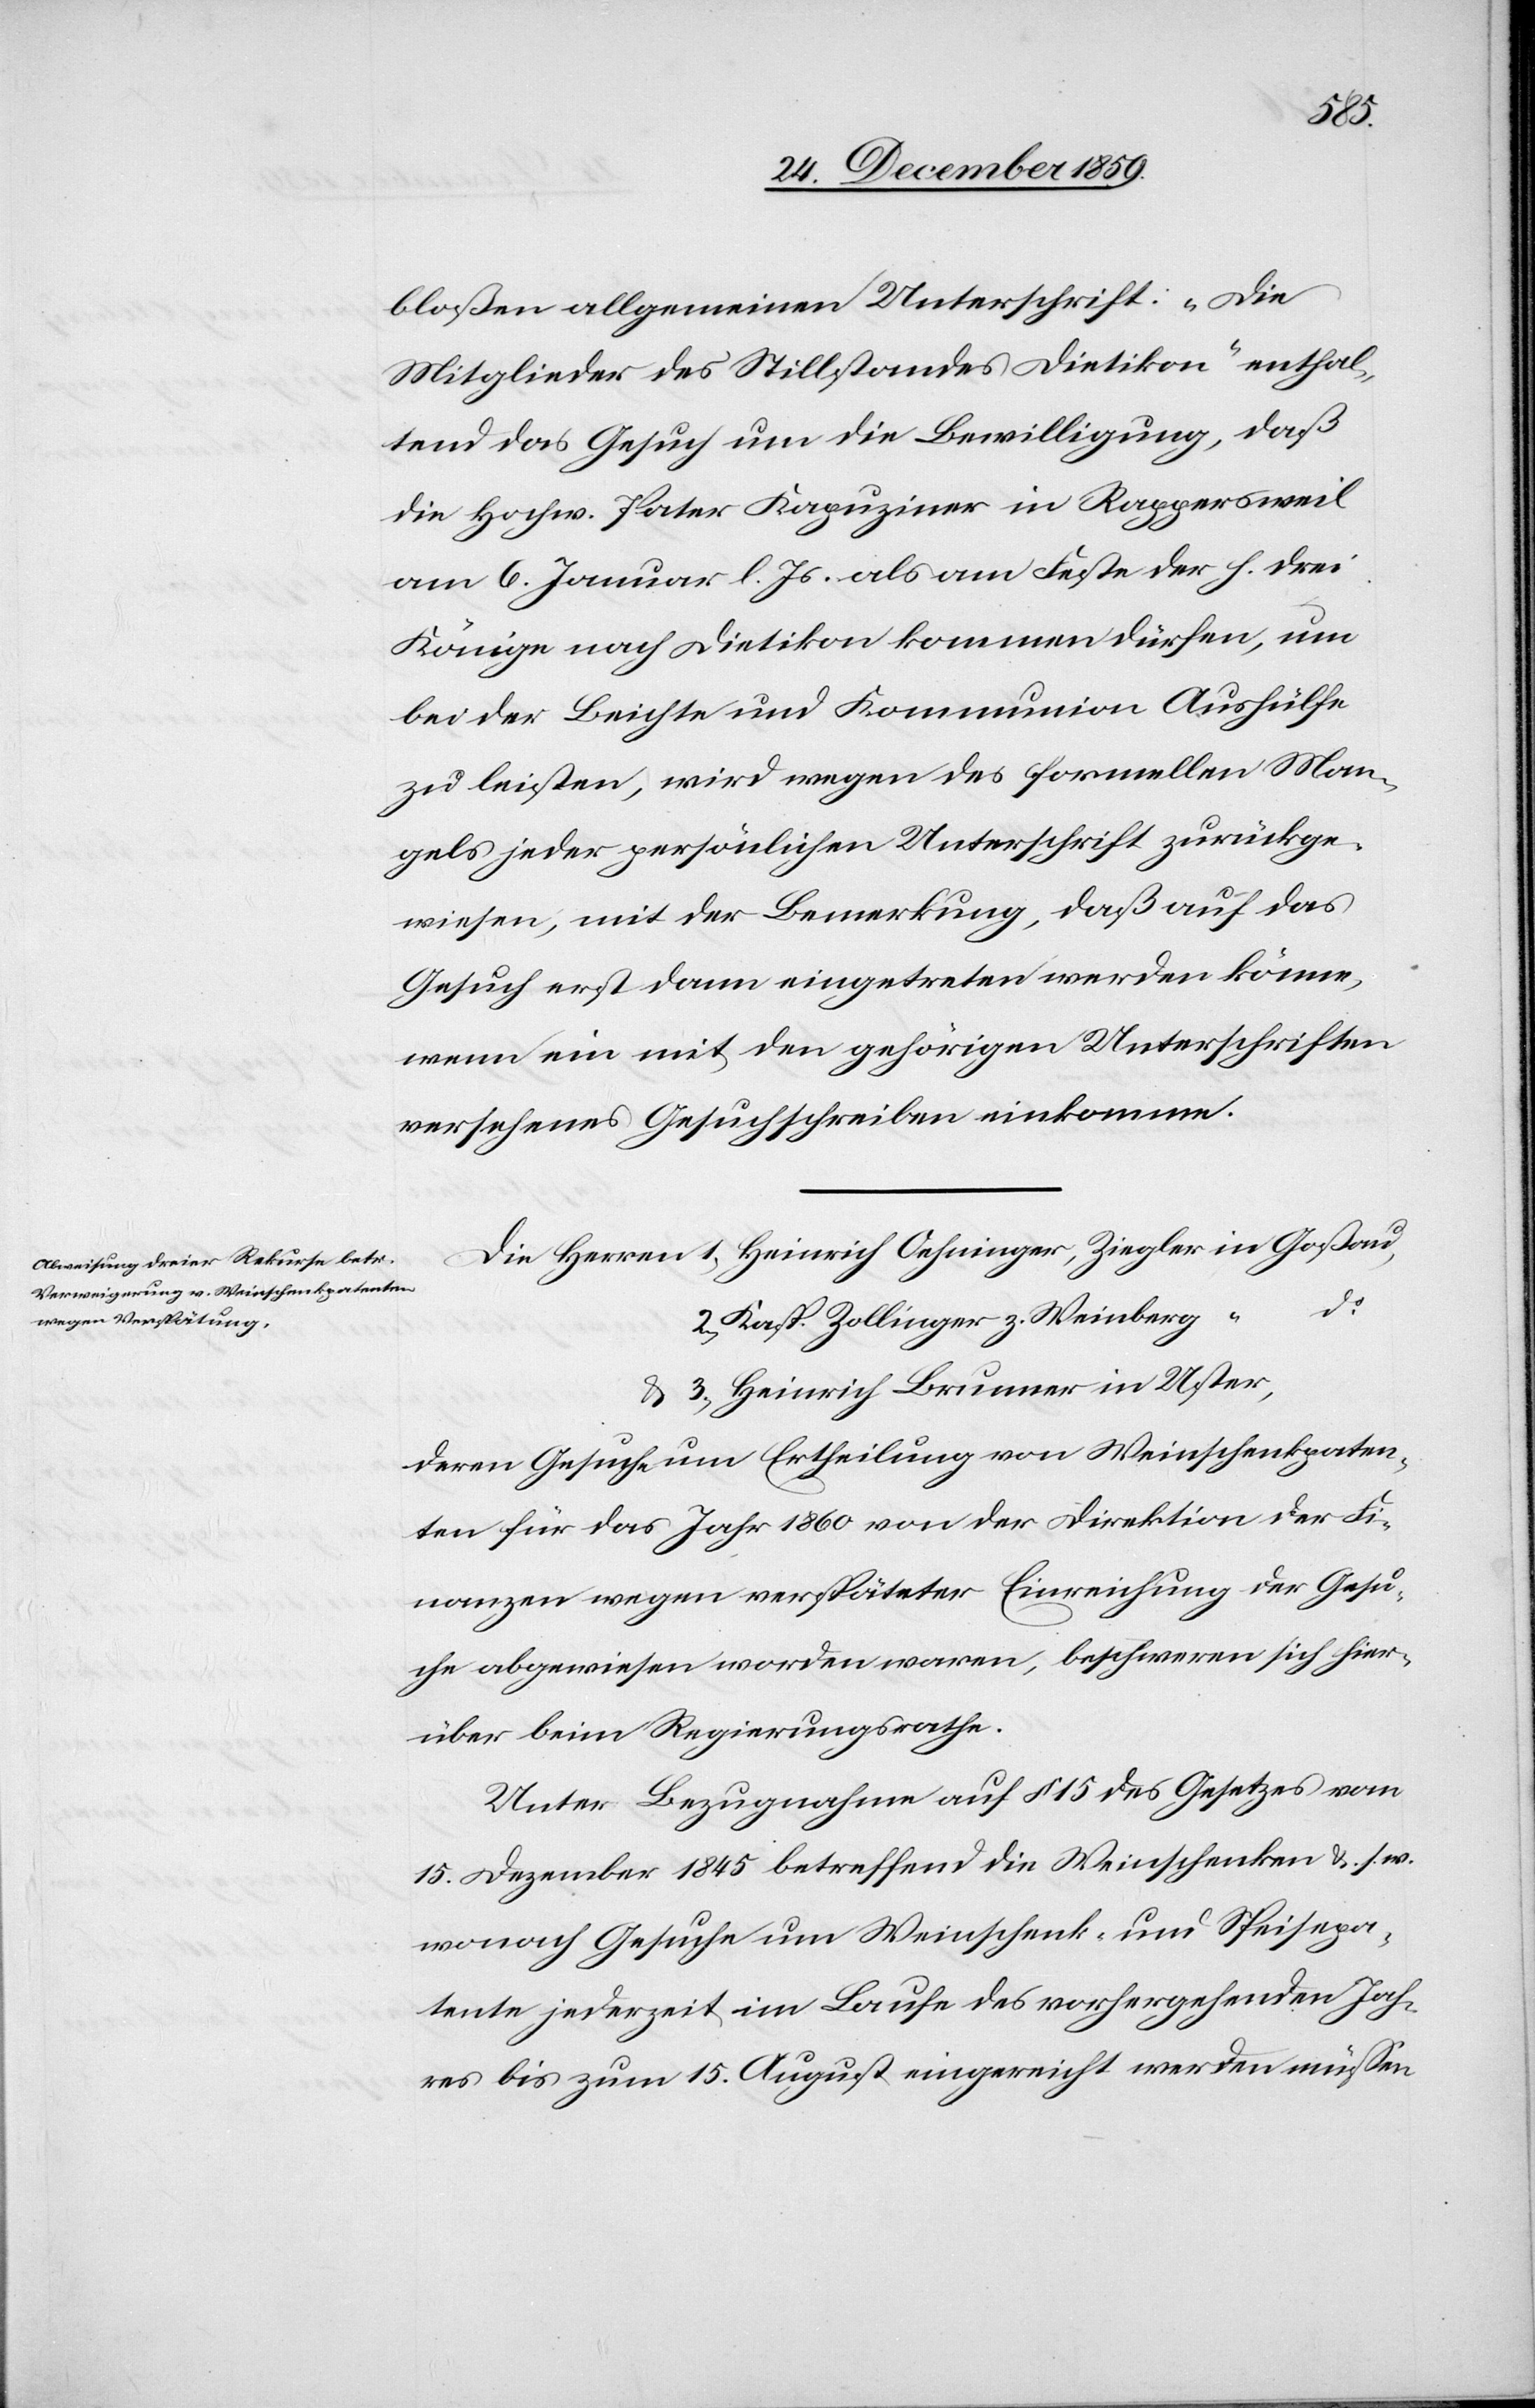
Jah¬
bloßen allgemeinen Unterschrift: „Die
Mitglieder des Stillstandes Dietikon“ enthal¬
tend das Gesuch um die Bewilligung, daß
die hochw. Pater Kapuziner in Rappersweil
am 6. Januar l. Js. als am Feste der h. drei
Könige nach Dietikon kommen dürfen, um
bei der Beichte und Kommunion Aushülfe
zu leisten, wird wegen des formellen Man¬
gels jeder persönlichen Unterschrift zurückge¬
wiesen, mit der Bemerkung, daß auf das
Gesuch erst dann eingetreten werden könne,
wenn ein mit den gehörigen Unterschriften
versehenes Gesuchschreiben einkomme.
Kasp. Zollinger z. Weinberg
Heinrich Brunner in Uster,
deren Gesuche um Ertheilung von Weinschenkpaten¬
ten für das Jahr 1860 von der Direktion der Fi¬
nanzen wegen verspäteter Einreichung der Gesu¬
che abgewiesen worden waren, beschweren sich hier¬
über beim Regierungsrathe.
Unter Bezugnahme auf § 15 des Gesetzes vom
15. Dezember 1845 betreffend die Weinschenken &. s. w.
res bis zum 15. August eingereicht werden müssen